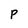
Character: p